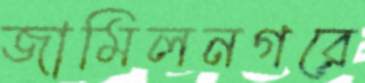
জামিলনগরে